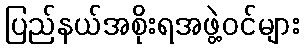
ပြည်နယ်အစိုးရအဖွဲ့ဝင်များ